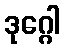
ဒုဂ္ဂေါ